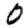
Digit: 0